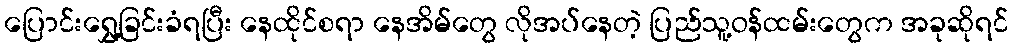
ပြောင်းရွှေ့ခြင်းခံရပြီး နေထိုင်စရာ နေအိမ်တွေ လိုအပ်နေတဲ့ ပြည်သူ့ဝန်ထမ်းတွေက အခုဆိုရင်